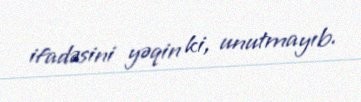
ifadəsini yəqin ki, unutmayıb.